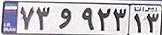
۷۳و۹۲۳۱۳